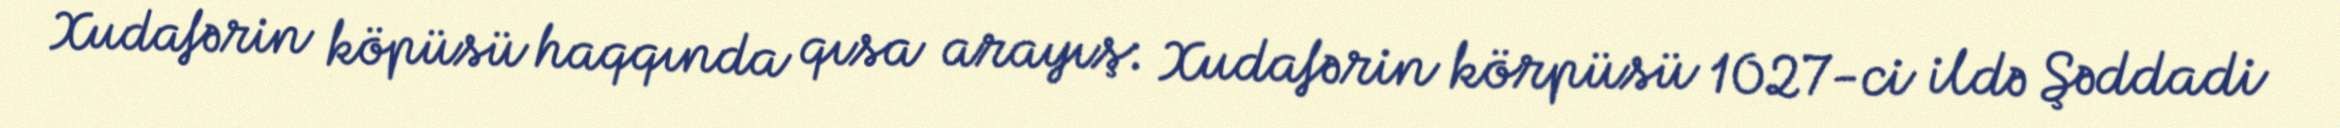
Xudafərin köpüsü haqqında qısa arayış: Xudafərin körpüsü 1027-ci ildə Şəddadi